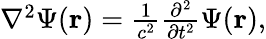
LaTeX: \begin{array}{r}{\nabla^{2}\Psi({\mathbf r})=\frac{1}{c^{2}}\frac{\partial^{2}}{\partial t^{2}}\Psi({\mathbf r}),}\end{array}